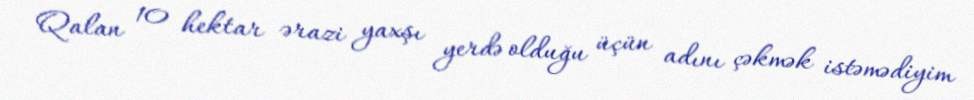
Qalan 10 hektar ərazi yaxşı yerdə olduğu üçün adını çəkmək istəmədiyim